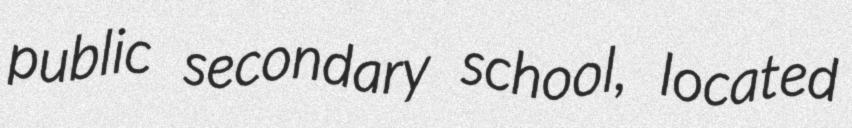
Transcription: public secondary school, located